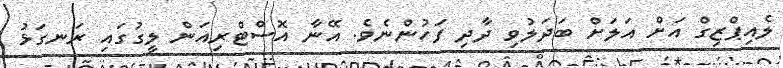
ލެއިޕްޒިގް އަށް އަލަށް ބަދަލުވި ދާދި ފަހުންނެވެ. އޭނާ އޮސްޓްރިއަން ލީގުގައި ރަނގަޅު